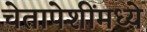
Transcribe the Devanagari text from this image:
चेतापेशींमध्ये